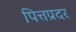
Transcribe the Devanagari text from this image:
पित्तप्रदर